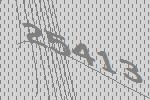
25413